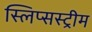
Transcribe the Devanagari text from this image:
स्लिप्सस्ट्रीम